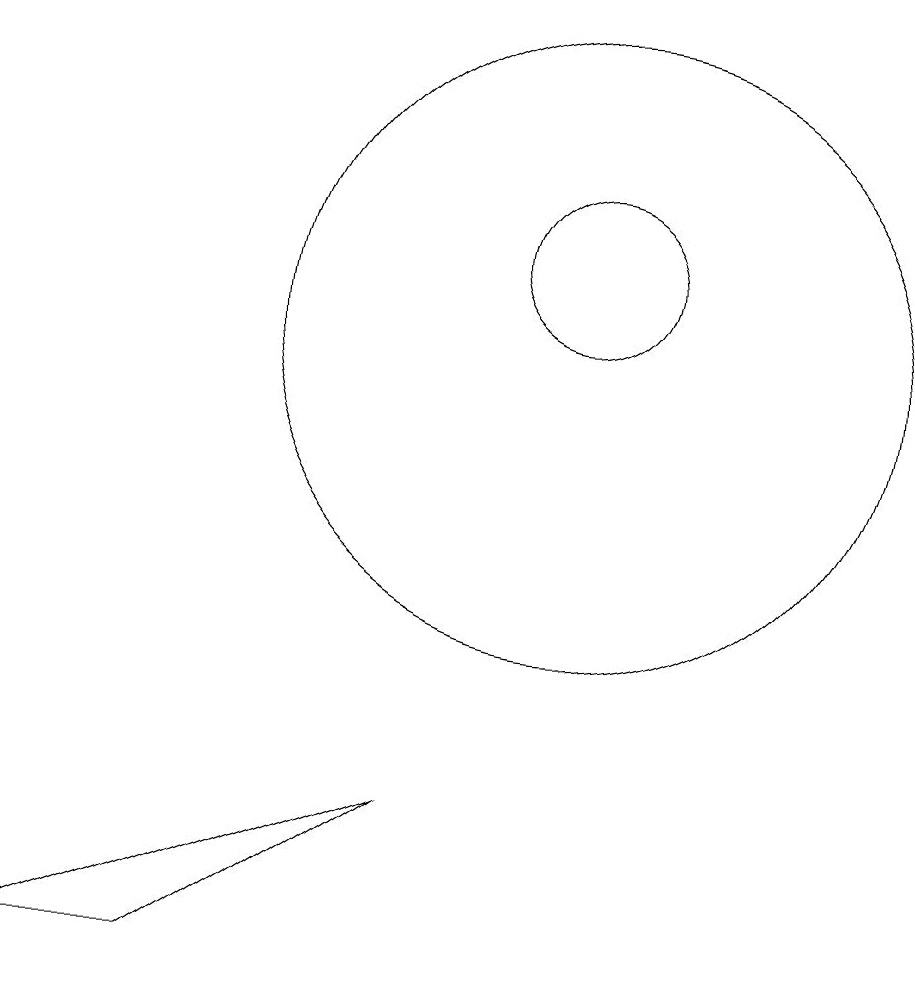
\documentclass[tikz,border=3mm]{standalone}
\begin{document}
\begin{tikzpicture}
\draw (11,12) circle (1);
\draw (9,5) -- (4,3) -- (6,3) -- cycle;
\draw (11,11) circle (4);
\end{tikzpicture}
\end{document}